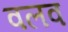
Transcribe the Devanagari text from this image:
वलव